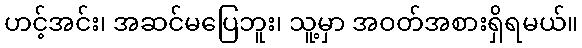
ဟင့်အင်း၊ အဆင်မပြေဘူး၊ သူ့မှာ အဝတ်အစားရှိရမယ်။